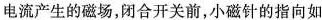
电流产生的磁场，闭合开关前，小磁针的指向如